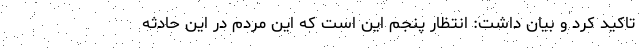
تاکید کرد و بیان داشت: انتظار پنجم این است که این مردم در این حادثه